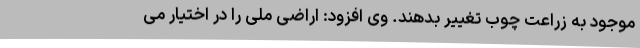
موجود به زراعت چوب تغییر بدهند. وی افزود: اراضی ملی را در اختیار می